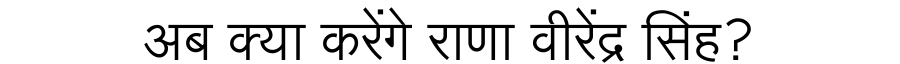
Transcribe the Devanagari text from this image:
अब क्या करेंगे राणा वीरेंद्र सिंह?